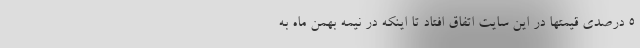
۵ درصدی قیمتها در این سایت اتفاق افتاد تا اینکه در نیمه بهمن ماه به